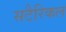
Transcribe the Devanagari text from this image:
सटैरिकल